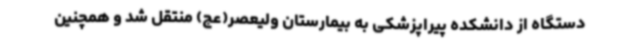
دستگاه از دانشکده پیراپزشکی به بیمارستان ولیعصر(عج) منتقل شد و همچنین